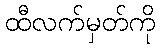
ထီလက်မှတ်ကို